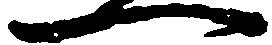
一